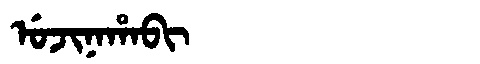
Manchu: ᡠᠵᡳᠨᠠᡥᠠᠪᡳ
Romanization: UJINAHABI